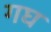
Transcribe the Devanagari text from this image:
गघ